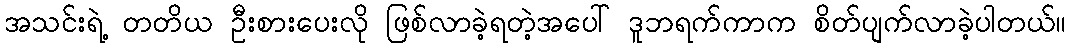
အသင်းရဲ့ တတိယ ဦးစားပေးလို ဖြစ်လာခဲ့ရတဲ့အပေါ် ဒူဘရက်ကာက စိတ်ပျက်လာခဲ့ပါတယ်။